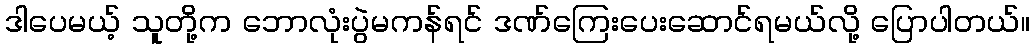
ဒါပေမယ့် သူတို့က ဘောလုံးပွဲမကန်ရင် ဒဏ်ကြေးပေးဆောင်ရမယ်လို့ ပြောပါတယ်။